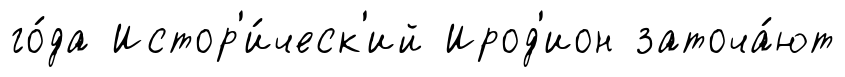
го́да Истор'и́ческ'ий Ирод'ион заточа́ют